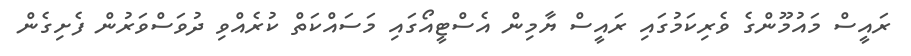
ރައީސް މައުމޫންގެ ވެރިކަމުގައި ރައީސް ޔާމިން އެސްޓީއޯގައި މަސައްކަތް ކުރެއްވި ދުވަސްވަރުން ފެށިގެން